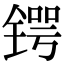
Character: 锷